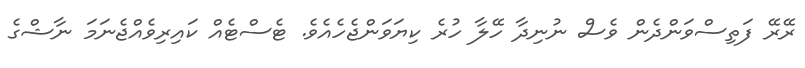
ރޭރޭ ފަތިސްވަންދެން ވެސް ނުނިދާ ހޭލާ ހުރެ ކިޔަވަންޖެހެއެވެ. ޓެސްޓެއް ކައިރިވެއްޖެނަމަ ނާޝްގެ